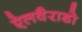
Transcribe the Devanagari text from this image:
ऐलवैराडो